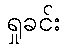
ရှုခင်း